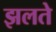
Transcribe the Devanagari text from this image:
झलते